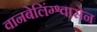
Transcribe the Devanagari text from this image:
वानबेलिंग्श्वासेन